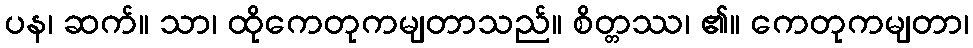
ပန၊ ဆက်။ သာ၊ ထိုကေတုကမျတာသည်။ စိတ္တဿ၊ ၏။ ကေတုကမျတာ၊